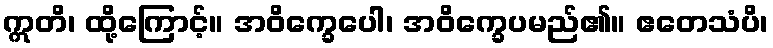
ဣတိ၊ ထို့ကြောင့်။ အဝိက္ခေပေါ၊ အဝိက္ခေပမည်၏။ ဧတေသံပိ၊